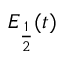
E _ { \frac { 1 } { 2 } } ( t )